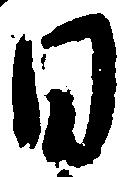
日